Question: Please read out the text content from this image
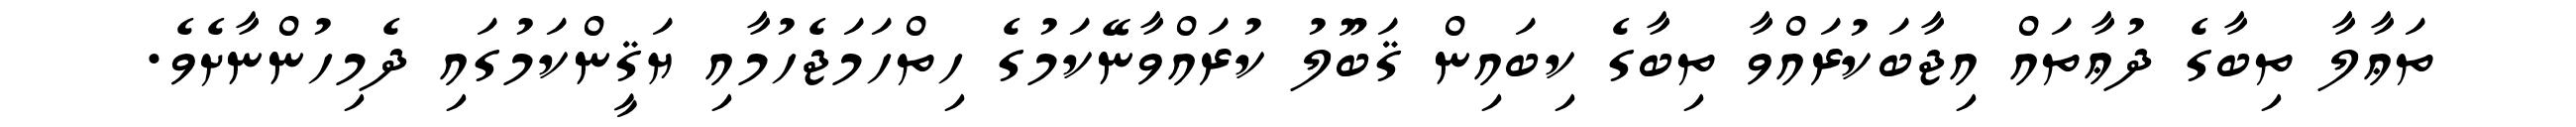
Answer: ތަޢާލާ ތިބާގެ ދުޢާތައް އިޖާބަކުރައްވާ ތިބާގެ ކިބައިން ޤަބޫލު ކުރައްވާނޭކަމުގެ ހިތްހަމަޖެހުމާއި ޔަޤީންކަމުގައި ދެމިހުންނާށެވެ.